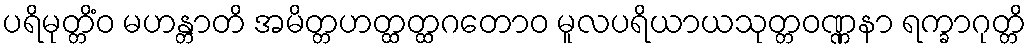
ပရိမုတ္တိံဝ မဟန္တာတိ အမိတ္တဟတ္ထတ္ထဂတောဝ မူလပရိယာယသုတ္တဝဏ္ဏနာ ရက္ခာဂုတ္တိ